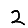
Digit: 2